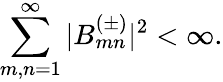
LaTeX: \sum_{m,n=1}^{\infty}|B_{mn}^{(\pm)}|^{2}<\infty.